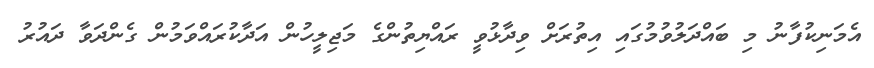
އެމަނިކުފާނު މި ބައްދަލުވުމުގައި އިތުރަށް ވިދާޅުވީ ރައްޔިތުންގެ މަޖިލީހުން އަދާކުރައްވަމުން ގެންދަވާ ދައުރު